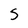
Character: S